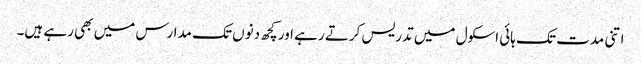
اتنی مدت تک ہائی اسکول میں تدریس کرتے رہے اور کچھ دنوں تک مدارس میں بھی رہے ہیں۔